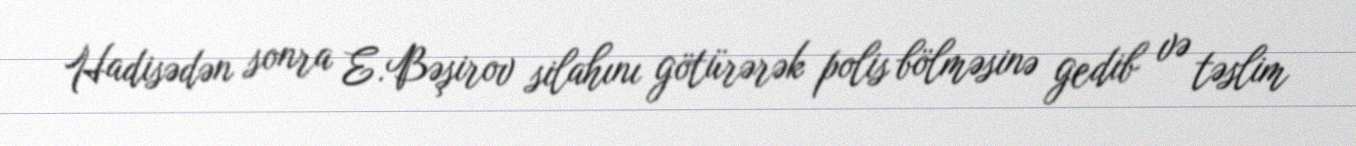
Hadisədən sonra E.Bəşirov silahını götürərək polis bölməsinə gedib və təslim